Annual administration report of the Civil Veterinary Department of India - 1901-1902
Year: 1901
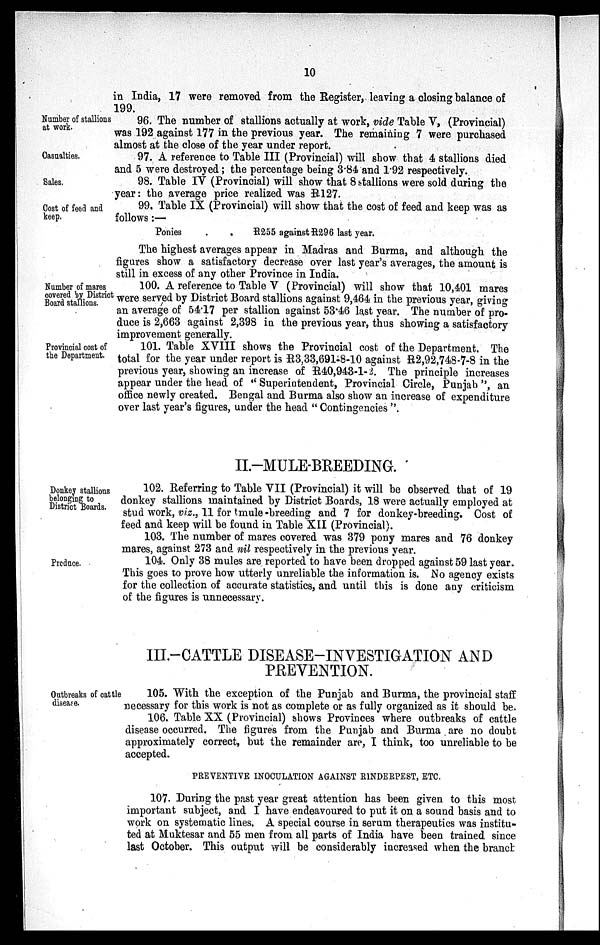
10
in India, 17 were removed from the Register, leaving a closing balance of
199.
Number of stallions
at work.
96. The number of stallions actually at work, vide Table V, (Provincial)
was 192 against 177 in the previous year. The remaining 7 were purchased
almost at the close of the year under report.
Casualties.
97. A reference to Table III (Provincial) will show that 4 stallions died
and 5 were destroyed; the percentage being 3.84 and 1.92 respectively.
Sales.
98. Table IV (Provincial) will show that 8 stallions were sold during the
year: the average price realized was R127.
Cost of feed and
keep.
99. Table IX (Provincial) will show that the cost of feed and keep was as
follows:—
Ponies
.
.
R255 against R296 last year.
The highest averages appear in Madras and Burma, and although the
figures show a satisfactory decrease over last year's averages, the amount is
still in excess of any other Province in India.
Number of mares
covered by District
Board stallions.
100. A reference to Table V (Provincial) will show that 10,401 mares
were served by District Board stallions against 9,464 in the previous year, giving
an average of 54.17 per stallion against 53.46 last year. The number of pro-
duce is 2,663 against 2,398 in the previous year, thus showing a satisfactory
improvement generally.
Provincial cost of
the Department.
101. Table XVIII shows the Provincial cost of the Department. The
total for the year under report is R3,33,691-8-10 against R2,92,748-7-8 in the
previous year, showing an increase of R40,943-1-2. The principle increases
appear under the head of " Superintendent, Provincial Circle, Punjab ", an
office newly created. Bengal and Burma also show an increase of expenditure
over last year's figures, under the head "Contingencies".
II.-MULE-BREEDING.
Donkey stallions
belonging to
District Boards.
102. Referring to Table VII (Provincial) it will be observed that of 19
donkey stallions maintained by District Boards, 18 were actually employed at
stud work, viz., 11 for mule-breeding and 7 for donkey-breeding. Cost of
feed and keep will be found in Table XII (Provincial).
103. The number of mares covered was 379 pony mares and 76 donkey
mares, against 273 and nil respectively in the previous year.
Produce.
104. Only 38 mules are reported to have been dropped against 59 last year.
This goes to prove how utterly unreliable the information is. No agency exists
for the collection of accurate statistics, and until this is done any criticism
of the figures is unnecessary.
III.-CATTLE DISEASE-INVESTIGATION AND
PREVENTION.
Outbreaks of cattle
disease.
105. With the exception of the Punjab and Burma, the provincial staff
necessary for this work is not as complete or as fully organized as it should be.
106. Table XX (Provincial) shows Provinces where outbreaks of cattle
disease occurred. The figures from the Punjab and Burma are no doubt
approximately correct, but the remainder are, I think, too unreliable to be
accepted.
PREVENTIVE INOCULATION AGAINST RINDERPEST, ETC.
107. During the past year great attention has been given to this most
important subject, and I have endeavoured to put it on a sound basis and to
work on systematic lines. A special course in serum therapeutics was institu-
ted at Muktesar and 55 men from all parts of India have been trained since
last October. This output will be considerably increased when the branch